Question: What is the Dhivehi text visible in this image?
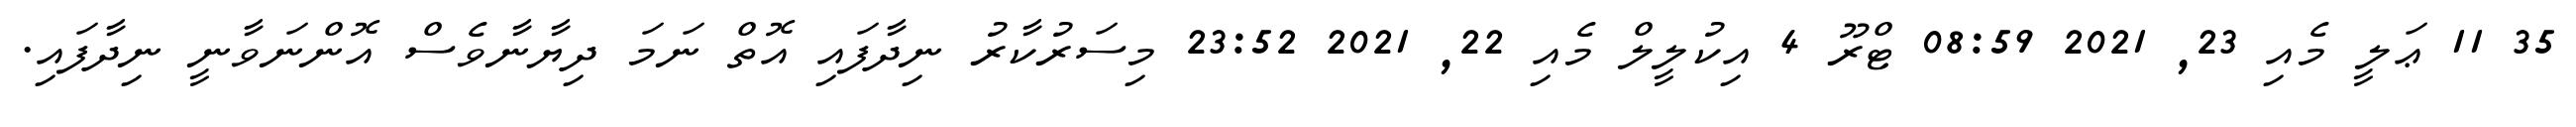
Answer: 35 11 ޢަލީ މެއި 23, 2021 08:59 ޓްރޫ 4 އިކުލީލް މެއި 22, 2021 23:52 މިސަރުކާރު ނިދާފައި އޮތް ނަމަ ދިޔާނާވެސް އޮންނަވާނީ ނިދާފައި.